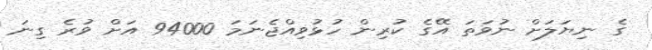
ގެ ނިޔަލަށް ނުވަތަ އޭގެ ކުރިން ހުޅުވިއްޖެނަމަ 94000 އަށް ވުރެ ގިނަ